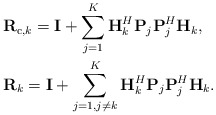
\begin{align*}\begin{aligned} &\mathbf{R}_{\mathrm{c},k}=\mathbf{I}+\sum_{j=1}^K\mathbf{H}_k^H\mathbf{P}_{j}\mathbf{P}_{j}^H\mathbf{H}_k,\\ &\mathbf{R}_{k}=\mathbf{I}+\sum_{j=1,j\neq k}^K\mathbf{H}_k^H\mathbf{P}_{j}\mathbf{P}_{j}^H\mathbf{H}_k.\end{aligned}\end{align*}